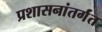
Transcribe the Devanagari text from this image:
प्रशासनांतर्गंत